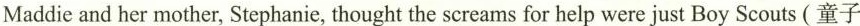
Maddie and her mother, Stephanie, thought the screams for help were just Boy Scouts (童子